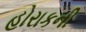
હોરાકની